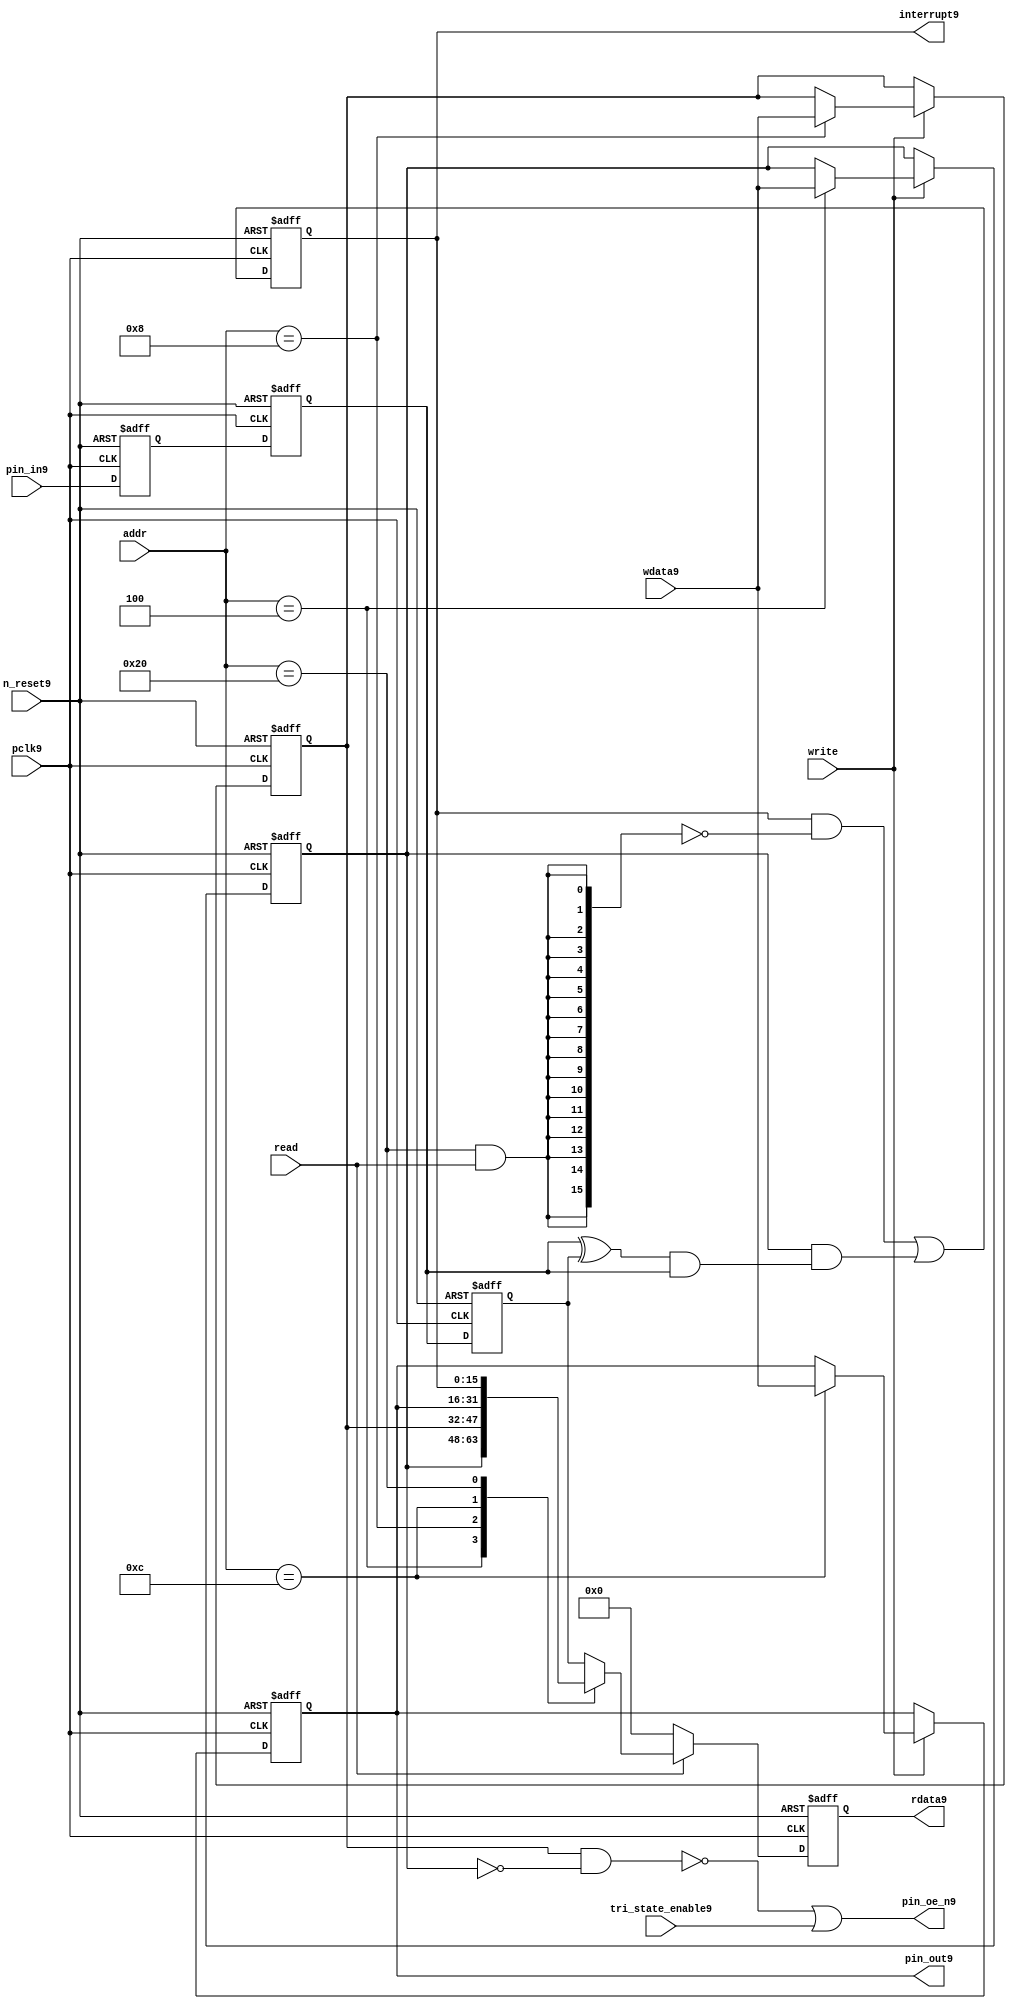
//File9 name   : gpio_lite_subunit9.v
//Title9       : 
//Created9     : 1999
//Description9 : Parametrised9 GPIO9 pin9 circuits9
//Notes9       : 
//----------------------------------------------------------------------
//   Copyright9 1999-2010 Cadence9 Design9 Systems9, Inc9.
//   All Rights9 Reserved9 Worldwide9
//
//   Licensed9 under the Apache9 License9, Version9 2.0 (the
//   "License9"); you may not use this file except9 in
//   compliance9 with the License9.  You may obtain9 a copy of
//   the License9 at
//
//       http9://www9.apache9.org9/licenses9/LICENSE9-2.0
//
//   Unless9 required9 by applicable9 law9 or agreed9 to in
//   writing, software9 distributed9 under the License9 is
//   distributed9 on an "AS9 IS9" BASIS9, WITHOUT9 WARRANTIES9 OR9
//   CONDITIONS9 OF9 ANY9 KIND9, either9 express9 or implied9.  See
//   the License9 for the specific9 language9 governing9
//   permissions9 and limitations9 under the License9.
//----------------------------------------------------------------------


module gpio_lite_subunit9(
  //Inputs9

  n_reset9,
  pclk9,

  read,
  write,
  addr,

  wdata9,
  pin_in9,

  tri_state_enable9,

  //Outputs9
 
  interrupt9,

  rdata9,
  pin_oe_n9,
  pin_out9

);
 
   // Inputs9
   
   // Clocks9   
   input n_reset9;            // asynch9 reset, active low9
   input pclk9;               // Ppclk9

   // Controls9
   input read;               // select9 GPIO9 read
   input write;              // select9 GPIO9 write
   input [5:0] 
         addr;               // address bus of selected master9

   // Dataflow9
   input [15:0]
         wdata9;              // GPIO9 Input9
   input [15:0]
         pin_in9;             // input data from pin9

   //Design9 for Test9 Inputs9
   input [15:0]
         tri_state_enable9;   // disables9 op enable -> Z9




   
   // Outputs9
   
   // Controls9
   output [15:0]
          interrupt9;         // interupt9 for input pin9 change

   // Dataflow9
   output [15:0]
          rdata9;             // GPIO9 Output9
   output [15:0]
          pin_oe_n9;          // output enable signal9 to pin9
   output [15:0]
          pin_out9;           // output signal9 to pin9
   



   
   // Registers9 in module

   //Define9 Physical9 registers in amba_unit9
   reg    [15:0]
          direction_mode9;     // 1=Input9 0=Output9              RW
   reg    [15:0]
          output_enable9;      // Output9 active                 RW
   reg    [15:0]
          output_value9;       // Value outputed9 from reg       RW
   reg    [15:0]
          input_value9;        // Value input from bus          R
   reg    [15:0]
          int_status9;         // Interrupt9 status              R

   // registers to remove metastability9
   reg    [15:0]
          s_synch9;            //stage_two9
   reg    [15:0]
          s_synch_two9;        //stage_one9 - to ext pin9
   
   
    
          
   // Registers9 for outputs9
   reg    [15:0]
          rdata9;              // prdata9 reg
   wire   [15:0]
          pin_oe_n9;           // gpio9 output enable
   wire   [15:0]
          pin_out9;            // gpio9 output value
   wire   [15:0]
          interrupt9;          // gpio9 interrupt9
   wire   [15:0]
          interrupt_trigger9;  // 1 sets9 interrupt9 status
   reg    [15:0]
          status_clear9;       // 1 clears9 interrupt9 status
   wire   [15:0]
          int_event9;          // 1 detects9 an interrupt9 event

   integer ia9;                // loop variable
   


   // address decodes9
   wire   ad_direction_mode9;  // 1=Input9 0=Output9              RW
   wire   ad_output_enable9;   // Output9 active                 RW
   wire   ad_output_value9;    // Value outputed9 from reg       RW
   wire   ad_int_status9;      // Interrupt9 status              R
   
//Register addresses9
//If9 modifying9 the APB9 address (PADDR9) width change the following9 bit widths9
parameter GPR_DIRECTION_MODE9   = 6'h04;       // set pin9 to either9 I9 or O9
parameter GPR_OUTPUT_ENABLE9    = 6'h08;       // contains9 oe9 control9 value
parameter GPR_OUTPUT_VALUE9     = 6'h0C;       // output value to be driven9
parameter GPR_INPUT_VALUE9      = 6'h10;       // gpio9 input value reg
parameter GPR_INT_STATUS9       = 6'h20;       // Interrupt9 status register

//Reset9 Values9
//If9 modifying9 the GPIO9 width change the following9 bit widths9
//parameter GPRV_RSRVD9            = 32'h0000_0000; // Reserved9
parameter GPRV_DIRECTION_MODE9  = 32'h00000000; // Default to output mode
parameter GPRV_OUTPUT_ENABLE9   = 32'h00000000; // Default 3 stated9 outs9
parameter GPRV_OUTPUT_VALUE9    = 32'h00000000; // Default to be driven9
parameter GPRV_INPUT_VALUE9     = 32'h00000000; // Read defaults9 to zero
parameter GPRV_INT_STATUS9      = 32'h00000000; // Int9 status cleared9



   //assign ad_bypass_mode9    = ( addr == GPR_BYPASS_MODE9 );   
   assign ad_direction_mode9 = ( addr == GPR_DIRECTION_MODE9 );   
   assign ad_output_enable9  = ( addr == GPR_OUTPUT_ENABLE9 );   
   assign ad_output_value9   = ( addr == GPR_OUTPUT_VALUE9 );   
   assign ad_int_status9     = ( addr == GPR_INT_STATUS9 );   

   // assignments9
   
   assign interrupt9         = ( int_status9);

   assign interrupt_trigger9 = ( direction_mode9 & int_event9 ); 

   assign int_event9 = ((s_synch9 ^ input_value9) & ((s_synch9)));

   always @( ad_int_status9 or read )
   begin : p_status_clear9

     for ( ia9 = 0; ia9 < 16; ia9 = ia9 + 1 )
     begin

       status_clear9[ia9] = ( ad_int_status9 & read );

     end // for ia9

   end // p_status_clear9

   // p_write_register9 : clocked9 / asynchronous9
   //
   // this section9 contains9 all the code9 to write registers

   always @(posedge pclk9 or negedge n_reset9)
   begin : p_write_register9

      if (~n_reset9)
      
       begin
         direction_mode9  <= GPRV_DIRECTION_MODE9;
         output_enable9   <= GPRV_OUTPUT_ENABLE9;
         output_value9    <= GPRV_OUTPUT_VALUE9;
       end
      
      else 
      
       begin
      
         if (write == 1'b1) // Write value to registers
      
          begin
              
            // Write Mode9
         
            if ( ad_direction_mode9 ) 
               direction_mode9 <= wdata9;
 
            if ( ad_output_enable9 ) 
               output_enable9  <= wdata9;
     
            if ( ad_output_value9 )
               output_value9   <= wdata9;

              

           end // if write
         
       end // else: ~if(~n_reset9)
      
   end // block: p_write_register9



   // p_metastable9 : clocked9 / asynchronous9 
   //
   // This9 process  acts9 to remove  metastability9 propagation
   // Only9 for input to GPIO9
   // In Bypass9 mode pin_in9 passes9 straight9 through

   always @(posedge pclk9 or negedge n_reset9)
      
   begin : p_metastable9
      
      if (~n_reset9)
        begin
         
         s_synch9       <= {16 {1'b0}};
         s_synch_two9   <= {16 {1'b0}};
         input_value9   <= GPRV_INPUT_VALUE9;
         
        end // if (~n_reset9)
      
      else         
        begin
         
         input_value9   <= s_synch9;
         s_synch9       <= s_synch_two9;
         s_synch_two9   <= pin_in9;

        end // else: ~if(~n_reset9)
      
   end // block: p_metastable9


   // p_interrupt9 : clocked9 / asynchronous9 
   //
   // These9 lines9 set and clear the interrupt9 status

   always @(posedge pclk9 or negedge n_reset9)
   begin : p_interrupt9
      
      if (~n_reset9)
         int_status9      <= GPRV_INT_STATUS9;
      
      else 
         int_status9      <= ( int_status9 & ~(status_clear9) // read & clear
                            ) |
                            interrupt_trigger9;             // new interrupt9
        
   end // block: p_interrupt9
   
   
   // p_read_register9  : clocked9 / asynchronous9 
   //
   // this process registers the output values

   always @(posedge pclk9 or negedge n_reset9)

      begin : p_read_register9
         
         if (~n_reset9)
         
           begin

            rdata9 <= {16 {1'b0}};

           end
           
         else //if not reset
         
           begin
         
            if (read == 1'b1)
            
              begin
            
               case (addr)
            
                  
                  GPR_DIRECTION_MODE9:
                     rdata9 <= direction_mode9;
                  
                  GPR_OUTPUT_ENABLE9:
                     rdata9 <= output_enable9;
                  
                  GPR_OUTPUT_VALUE9:
                     rdata9 <= output_value9;
                  
                  GPR_INT_STATUS9:
                     rdata9 <= int_status9;
                  
                  default: // if GPR_INPUT_VALUE9 or unmapped reg addr
                     rdata9 <= input_value9;
            
               endcase
            
              end //end if read
            
            else //in not read
            
              begin // if not a valid read access, keep9 '0'-s 
              
               rdata9 <= {16 {1'b0}};
              
              end //end if not read
              
           end //end else if not reset

      end // p_read_register9


   assign pin_out9 = 
        ( output_value9 ) ;
     
   assign pin_oe_n9 = 
      ( ( ~(output_enable9 & ~(direction_mode9)) ) |
        tri_state_enable9 ) ;

                
  
endmodule // gpio_subunit9